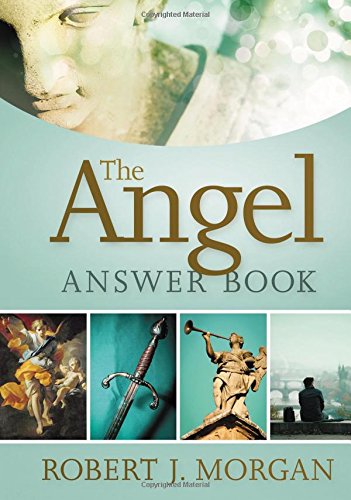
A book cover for The Angel Answer Book; Robert Morgan; Christian Books & Bibles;